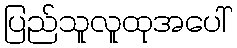
ပြည်သူလူထုအပေါ်